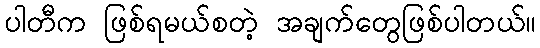
ပါတီက ဖြစ်ရမယ်စတဲ့ အချက်တွေဖြစ်ပါတယ်။